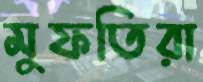
মুফতিরা